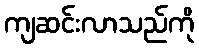
ကျဆင်းလာသည်ကို